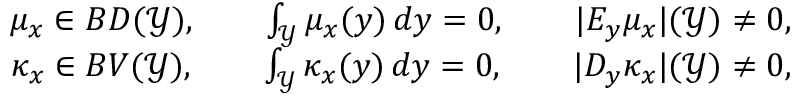
\begin{array} { r } { \mu _ { x } \in B D ( \mathcal { Y } ) , \qquad \int _ { \mathcal { Y } } \mu _ { x } ( y ) \, d y = 0 , \qquad | E _ { y } \mu _ { x } | ( \mathcal { Y } ) \neq 0 , } \\ { \kappa _ { x } \in B V ( \mathcal { Y } ) , \qquad \int _ { \mathcal { Y } } \kappa _ { x } ( y ) \, d y = 0 , \qquad | D _ { y } \kappa _ { x } | ( \mathcal { Y } ) \neq 0 , } \end{array}